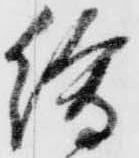
絵